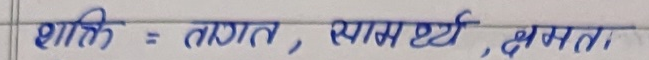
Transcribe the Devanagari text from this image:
शक्ति = तागत, सामर्थ्य, क्षमता